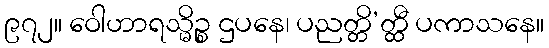
၉၇၂။ ဝေါဟာရသ္မိဉ္စ ဌပနေ၊ ပညတ္တိ’တ္ထီ ပကာသနေ။